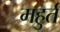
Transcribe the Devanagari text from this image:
महुर्त